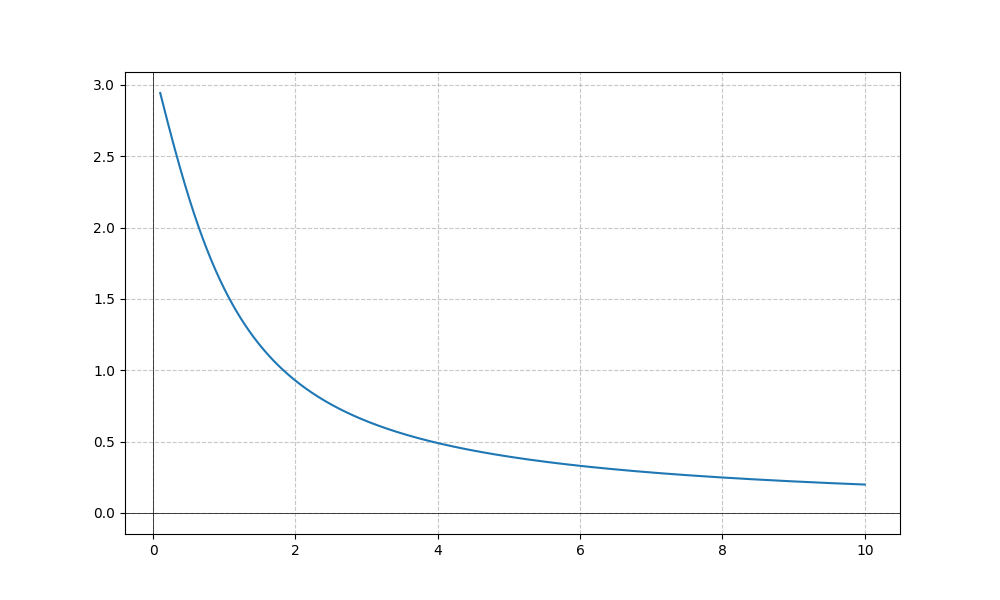
LaTeX formula: 2 \operatorname{acot}{\left(x \right)}